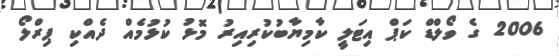
2006 ގެ ވޯލްޑް ކަޕް އިޓަލީ ކާމިޔާބުކުރިއިރު މޮޅު ކުޅުމެއް ދެއްކި ޕިރްލޯ